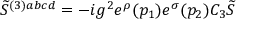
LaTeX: \widetilde { S } ^ { ( 3 ) a b c d } = - i g ^ { 2 } e ^ { \rho } ( p _ { 1 } ) e ^ { \sigma } ( p _ { 2 } ) C _ { 3 } \widetilde { S }